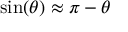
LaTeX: \sin ( \theta ) \approx \pi - \theta